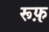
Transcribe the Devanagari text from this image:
रूफ़